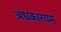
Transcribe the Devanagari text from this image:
अंधकारयम